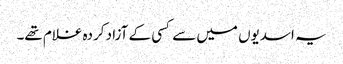
یہ اسدیوں میں سے کسی کے آزاد کردہ غلام تھے۔